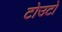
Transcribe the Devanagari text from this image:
टोउटो